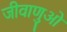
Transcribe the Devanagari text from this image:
जीवाणुओ